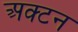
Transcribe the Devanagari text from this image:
अक्टन